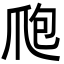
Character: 爮